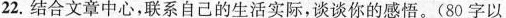
22. 结合文章中心，联系自己的生活实际，谈谈你的感悟。(80 字以